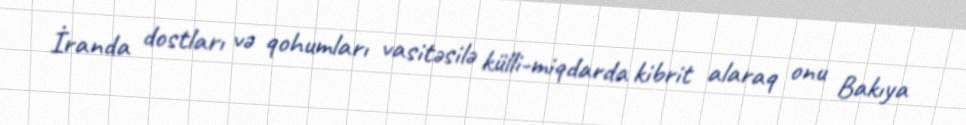
İranda dostları və qohumları vasitəsilə külli-miqdarda kibrit alaraq onu Bakıya